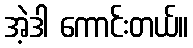
အဲ့ဒါ ကောင်းတယ်။